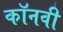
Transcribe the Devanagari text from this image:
कॉनवी